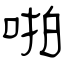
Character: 啪